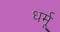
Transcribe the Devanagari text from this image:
धर्मू